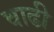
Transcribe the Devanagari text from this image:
वाढी